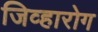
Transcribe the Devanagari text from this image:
जिव्हारोग